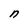
Character: n